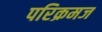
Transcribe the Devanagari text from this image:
परिक्रमज